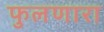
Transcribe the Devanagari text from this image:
फुलणारा